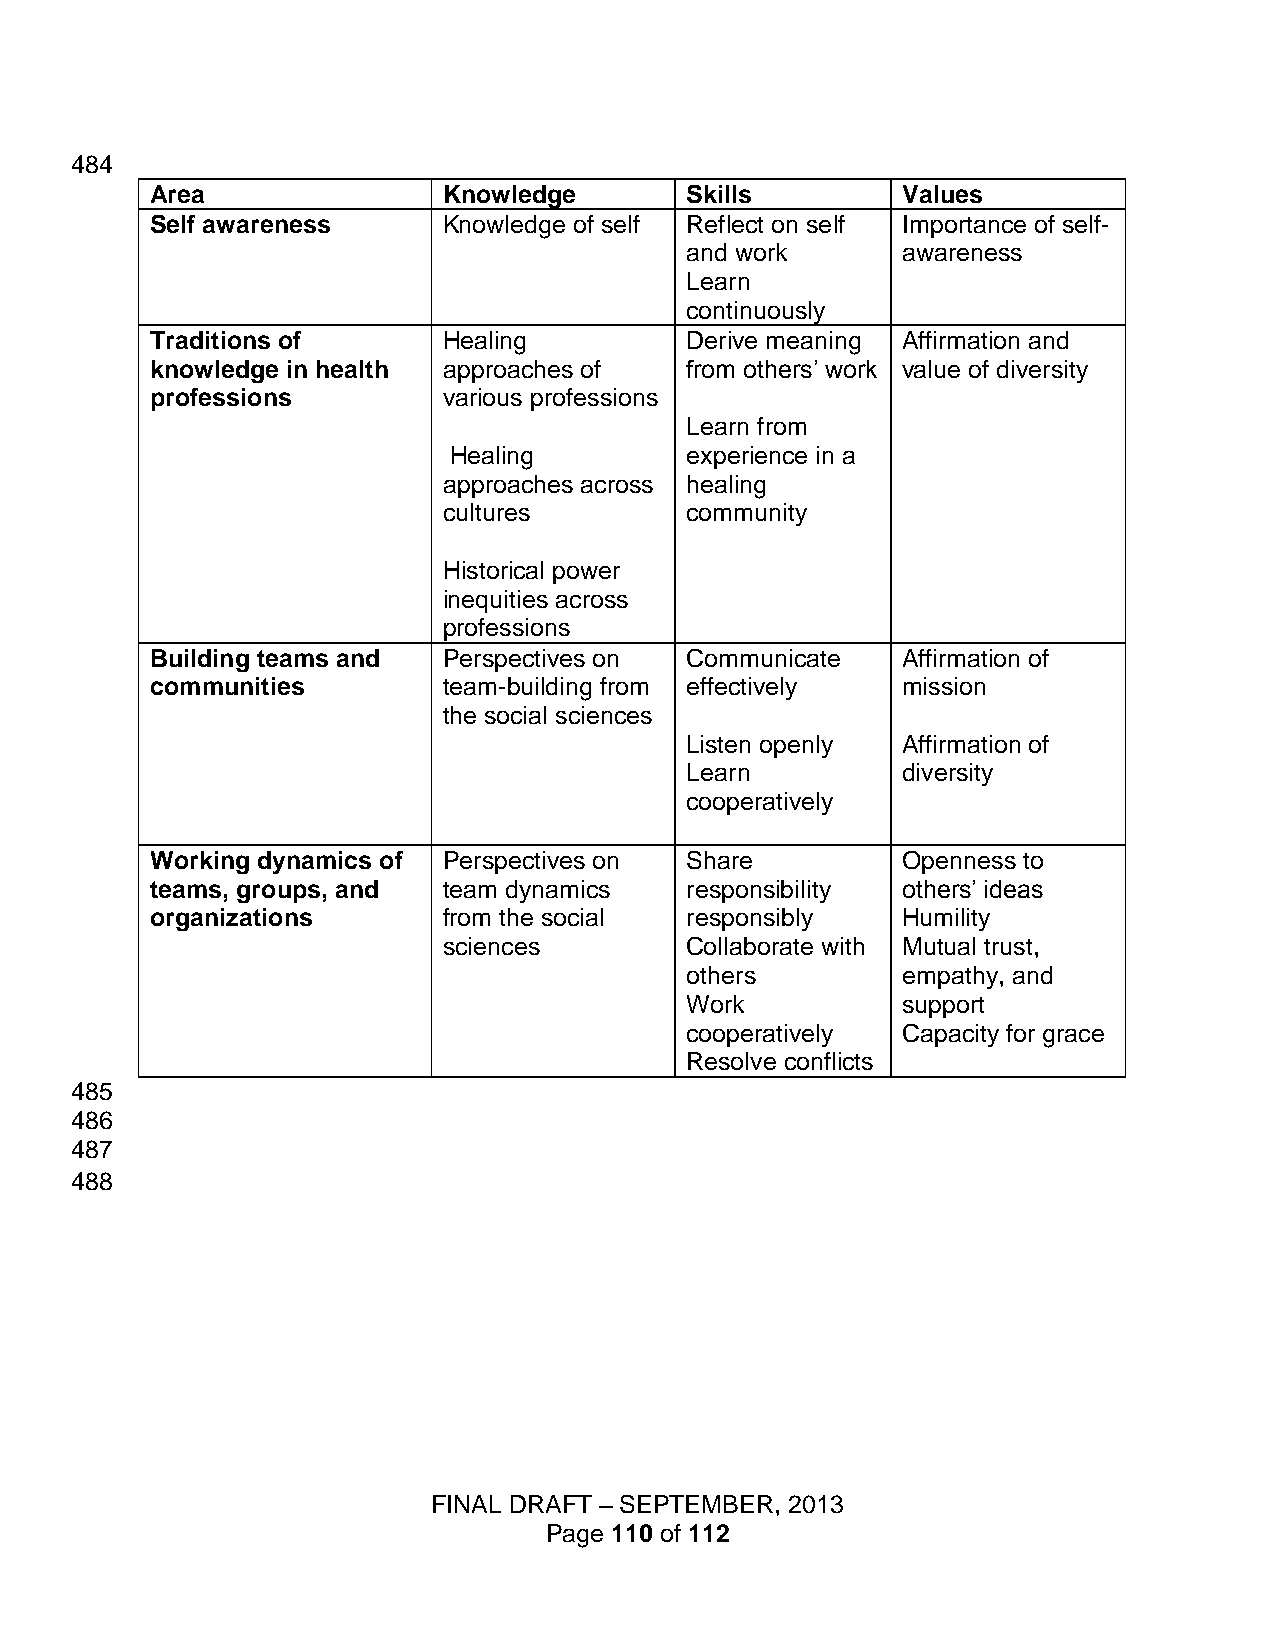
484
 Area               Knowledge       Skills         Values
 Self awareness     Knowledge of self Reflect on self Importance of self-
 and work       awareness
 Learn
 continuously
 Traditions of      Healing         Derive meaning Affirmation and
 knowledge in health approaches of  from others’ work value of diversity
 professions        various professions
 Learn from
 Healing        experience in a
 approaches across healing
 cultures        community
 Historical power
 inequities across
 professions
 Building teams and Perspectives on Communicate    Affirmation of
 communities        team-building from effectively mission
 the social sciences
 Listen openly  Affirmation of
 Learn          diversity
 cooperatively
 Working dynamics of Perspectives on Share         Openness to
 teams, groups, and team dynamics   responsibility others’ ideas
 organizations      from the social responsibly    Humility
 sciences        Collaborate with Mutual trust,
 others         empathy, and
 Work           support
 cooperatively  Capacity for grace
 Resolve conflicts
 485
 486
 487
 488
 FINAL DRAFT – SEPTEMBER, 2013
 Page 110 of 112